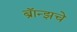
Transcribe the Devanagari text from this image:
ब्राॅन्झचे